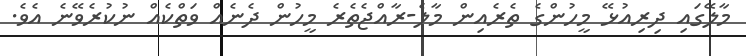
މާލޭގައި ދިރިއުޅޭ މީހުންގެ ތެރެއިން މާލެ-ރާއްޖެތެރެ މީހުން ދެނެއް ވަތްކެއް ނުކުރެވޭނެ އެވެ.